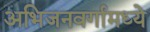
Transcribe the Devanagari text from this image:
अभिजनवर्गामध्ये